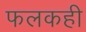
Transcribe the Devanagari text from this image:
फलकही